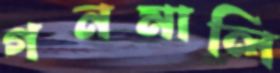
গনমালি